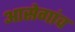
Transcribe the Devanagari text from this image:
आसेगांव